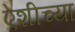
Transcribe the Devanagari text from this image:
ऐशीच्या